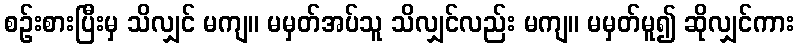
စဉ်းစားပြီးမှ သိလျှင် မကျ။ မမှတ်အပ်သူ သိလျှင်လည်း မကျ။ မမှတ်မူ၍ ဆိုလျှင်ကား